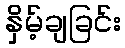
နှိမ့်ချခြင်း